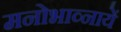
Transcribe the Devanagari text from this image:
मनोभाव्नायें